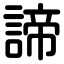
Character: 諦